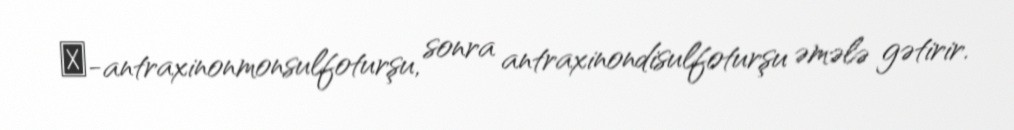
α-antraxinonmonsulfoturşu, sonra antraxinondisulfoturşu əmələ gətirir.